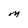
Character: M